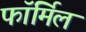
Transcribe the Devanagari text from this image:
फॉर्मिल